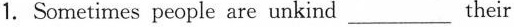
1.Sometimes people are unkind_________their